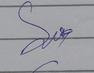
Signature authenticity: genuine